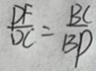
\frac { D F } { D C } = \frac { B C } { B D }